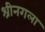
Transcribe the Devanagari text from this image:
श्रीनगला